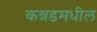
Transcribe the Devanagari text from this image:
कन्नडमधील